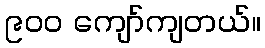
၉၀၀ ကျော်ကျတယ်။